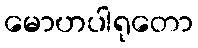
မောဟပါရုတော